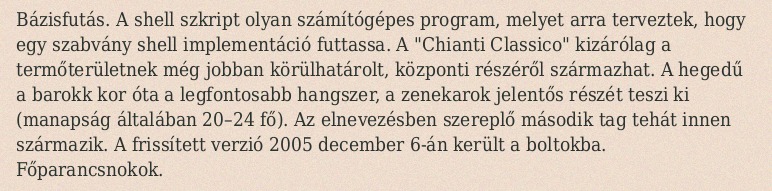
Bázisfutás. A shell szkript olyan számítógépes program, melyet arra terveztek, hogy egy szabvány shell implementáció futtassa. A "Chianti Classico" kizárólag a termőterületnek még jobban körülhatárolt, központi részéről származhat. A hegedű a barokk kor óta a legfontosabb hangszer, a zenekarok jelentős részét teszi ki (manapság általában 20–24 fő). Az elnevezésben szereplő második tag tehát innen származik. A frissített verzió 2005 december 6-án került a boltokba. Főparancsnokok.